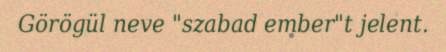
Görögül neve "szabad ember"t jelent.